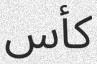
كأس